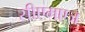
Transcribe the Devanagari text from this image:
सीएमएज